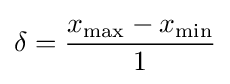
\delta ={\frac {x_{\max }-x_{\min }}{1}}